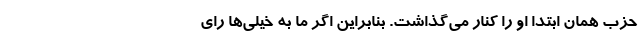
حزب همان ابتدا او را کنار می‌گذاشت. بنابراین اگر ما به خیلی‌ها رای